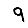
Digit: 9